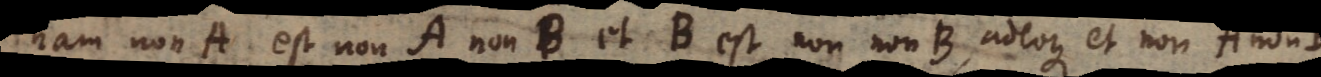
nam non A est non A non B et B est non non B, quia generaliter non